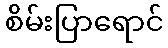
စိမ်းပြာရောင်